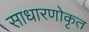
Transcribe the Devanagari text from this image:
साधारणोकृत